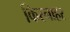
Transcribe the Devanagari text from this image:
किरनाहर